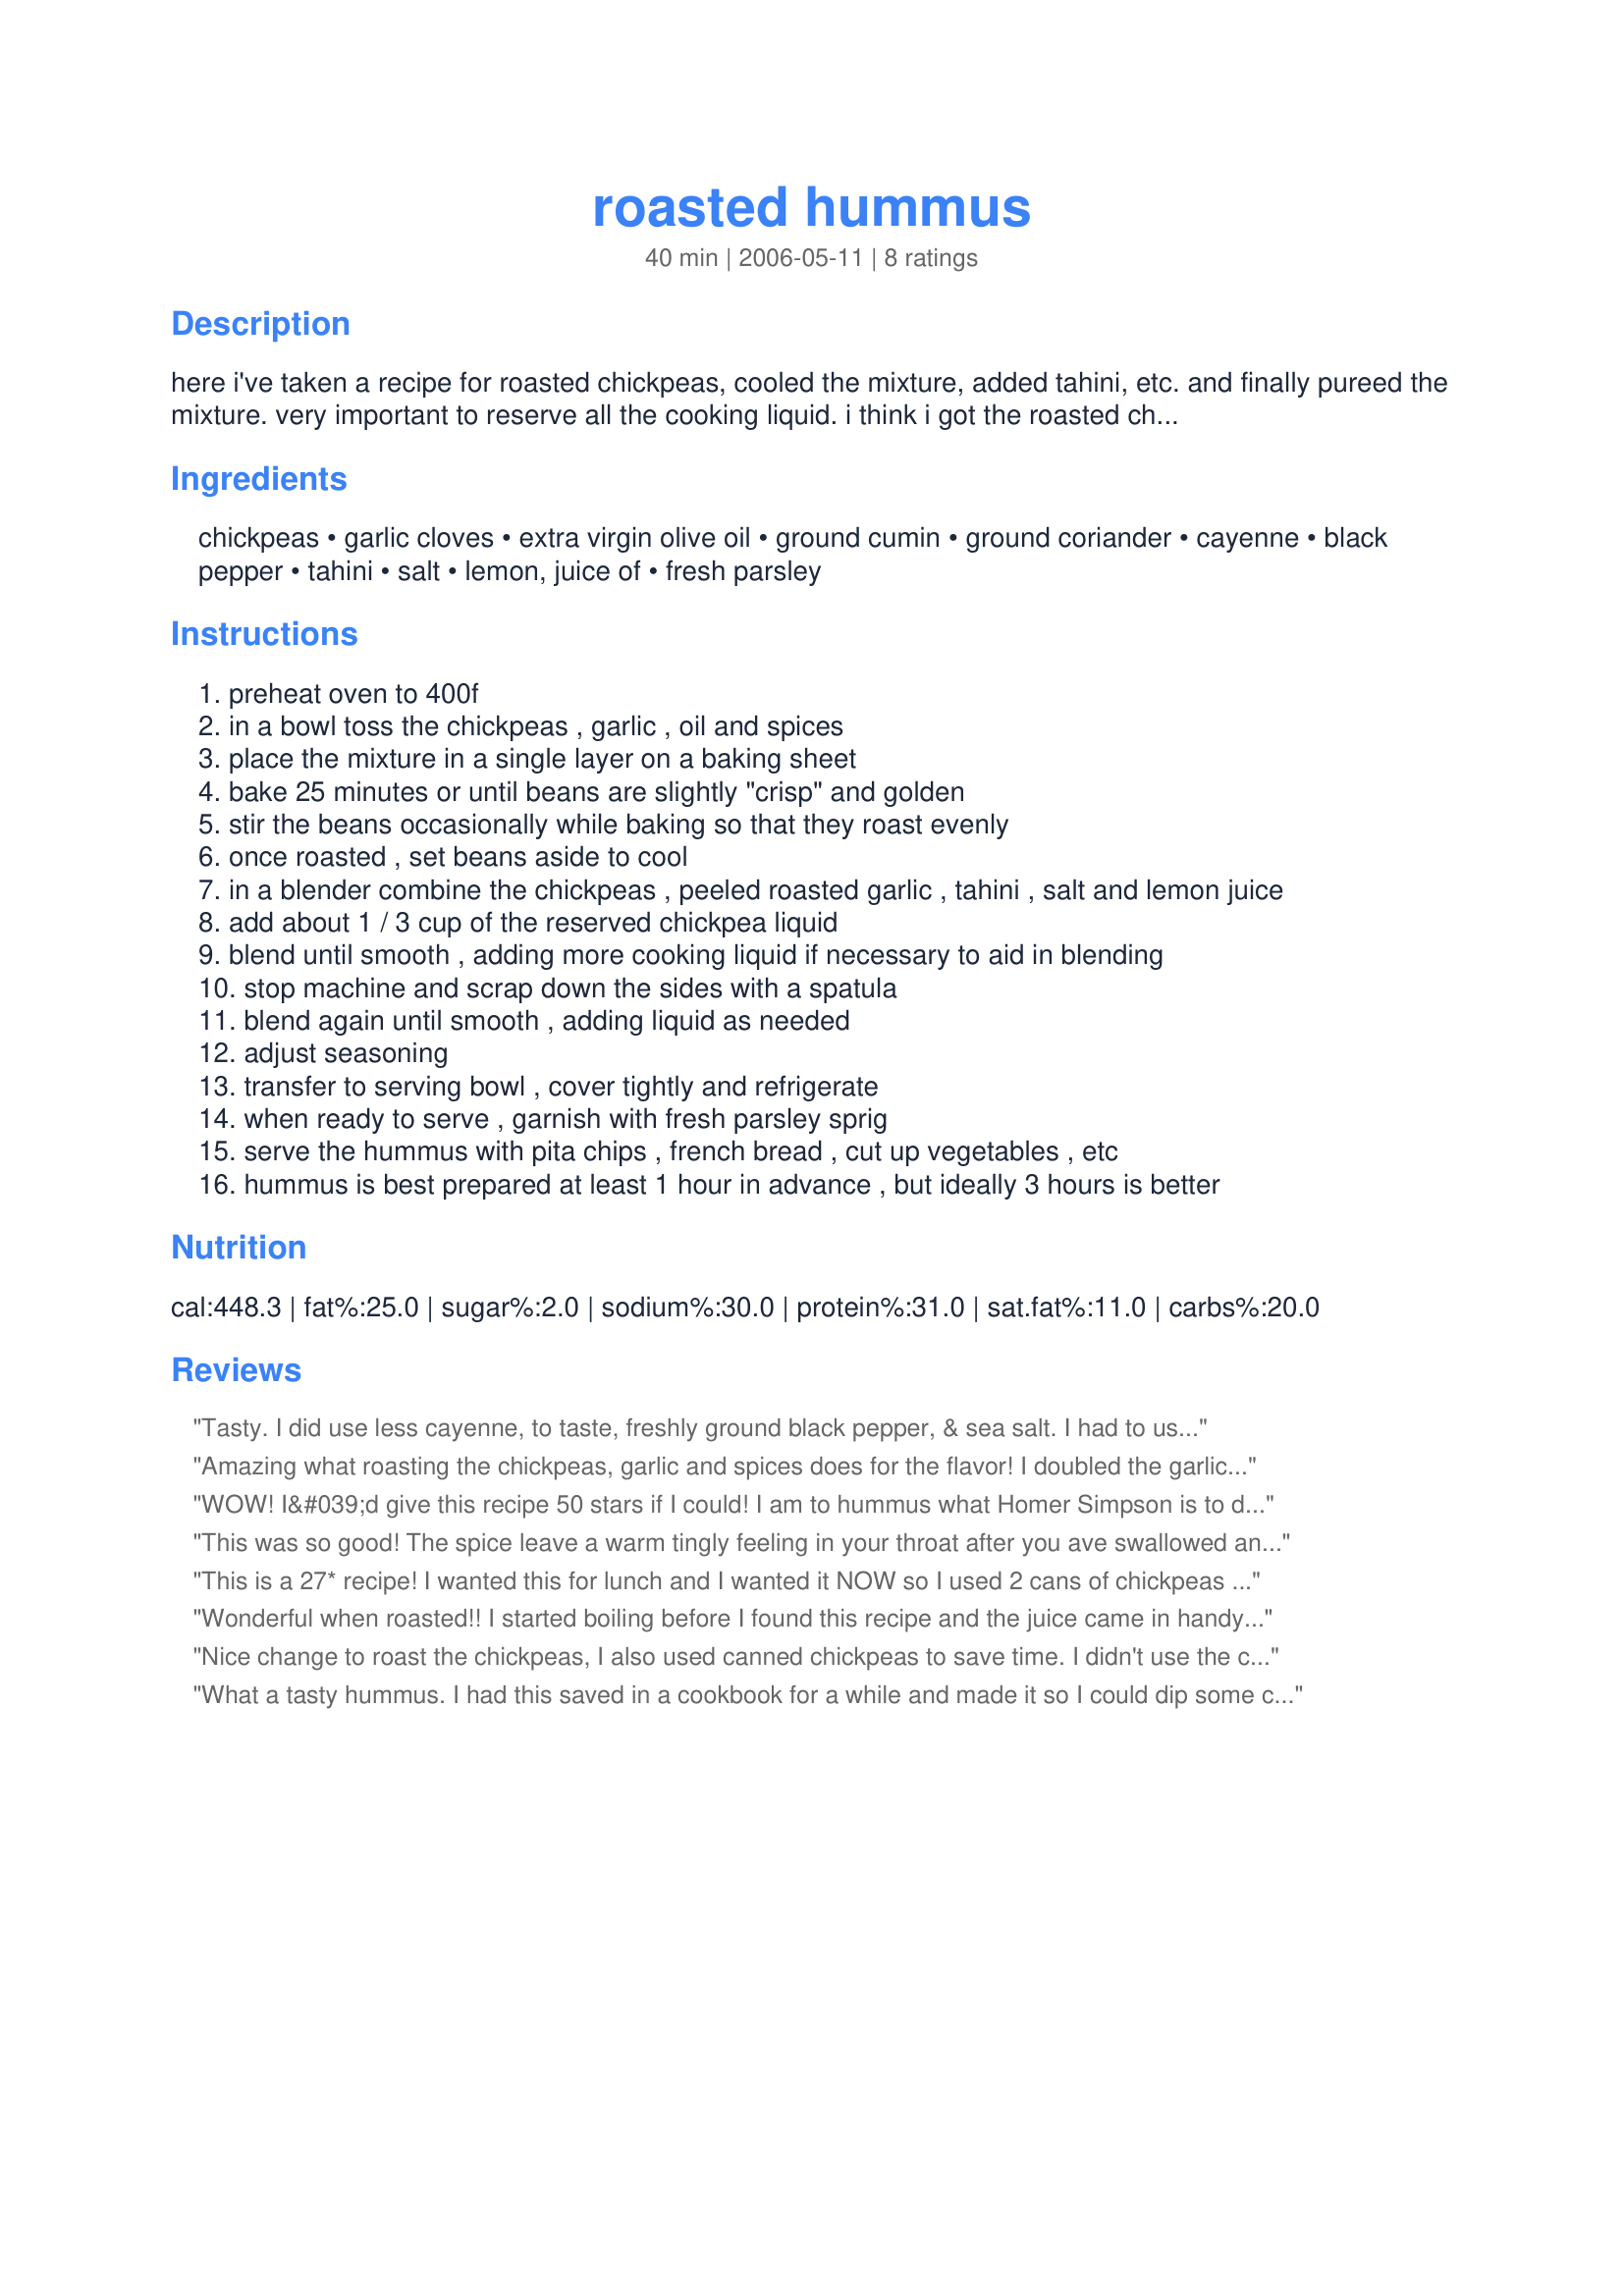
roasted hummus
Preparation time: 40 minutes

here i've taken a recipe for roasted chickpeas, cooled the mixture, added tahini, etc. and finally pureed the mixture. very important to reserve all the cooking liquid. i think i got the roasted chickpea recipe from the sugar solution book...??

Ingredients:
chickpeas, garlic cloves, extra virgin olive oil, ground cumin, ground coriander, cayenne, black pepper, tahini, salt, lemon, juice of, fresh parsley

Steps:
preheat oven to 400f
in a bowl toss the chickpeas , garlic , oil and spices
place the mixture in a single layer on a baking sheet
bake 25 minutes or until beans are slightly "crisp" and golden
stir the beans occasionally while baking so that they roast evenly
once roasted , set beans aside to cool
in a blender combine the chickpeas , peeled roasted garlic , tahini , salt and lemon juice
add about 1 / 3 cup of the reserved chickpea liquid
blend until smooth , adding more cooking liquid if necessary to aid in blending
stop machine and scrap down the sides with a spatula
blend again until smooth , adding liquid as needed
adjust seasoning
transfer to serving bowl , cover tightly and refrigerate
when ready to serve , garnish with fresh parsley sprig
serve the hummus with pita chips , french bread , cut up vegetables , etc
hummus is best prepared at least 1 hour in advance , but ideally 3 hours is better

Reviews:
Tasty. I did use less cayenne, to taste, freshly ground black pepper, & sea salt. I had to use way, way more cooking liquid than 1/3 cup. It never got completely smooth, but that's OK. I like someones idea of adding yogurt to smooth it out and tried that too and it was good that way. Made for NA*ME Tag! Come play!!
Amazing what roasting the chickpeas, garlic and spices does for the flavor! I doubled the garlic. Next time I will also roast extra chickpeas because I kept popping them in my mouth as I was waiting for them to cool....yummy snack ;) ! Thanx for a great new hummus recipe. I'll be making this again.
WOW! I&#039;d give this recipe 50 stars if I could! I am to hummus what Homer Simpson is to donuts and I&#039;ve been trying to get it right for months to no avail. This is the only recipe I&#039;ll ever use again. I added a smidge more lemon juice and added roasted red peppers and let me just say....YUM! :-)
This was so good! The spice leave a warm tingly feeling in your throat after you ave swallowed and finding a crunchy chickpea every so often was a delight! I made this in two batches the first as per cookgirls recommendation and to the second I added some yoghurt instead of the pea juice, this really lifted the flavours and made it creamy and light. My freezer is now full of yummy hummus, thanks CG!
This is a 27* recipe! I wanted this for lunch and I wanted it NOW so I used 2 cans of chickpeas rather than freshly cooked and it was awesome. I didn't and won't change the seasonings, tahini or other ingredient amounts at all. I used minced garlic (didn't read the recipe carefully) and had no trouble with burning even with 25 minutes of roasting. This was not as smooth as other hummous I've made and I adored it that way. I'm definitely going to use these roasted chickpeas as a snack. I'm addicted.
Wonderful when roasted!! I started boiling before I found this recipe and the juice came in handy. I found I had to add some juice halfway thru roasting to soften the beans(I roasted almost an hour). I used paprika in lieu of cayenne because my sweetheart doesnt like too hot. I used Sesame oil instead of olive oil and tahini & I roasted sesame seeds with it. ALSO, I added a mix of fresh organic greens that I grow on my farm. Best ever hummous. Roasting is the way. Thanks.M's Organic Farm
Nice change to roast the chickpeas, I also used canned chickpeas to save time. I didn't use the coriander(didn't have any) and added about 1/4 tsp. more cumin. Let set overnight and it was yummy! Thank you!
What a tasty hummus. I had this saved in a cookbook for a while and made it so I could dip some cut up veggies.I had one problem though, I couldn't stop eating the chickpeas after they came out of the oven..:)I added a pinch of smoked paprika because I thought it would give it a little kick. Thanks for the keeper CG!
